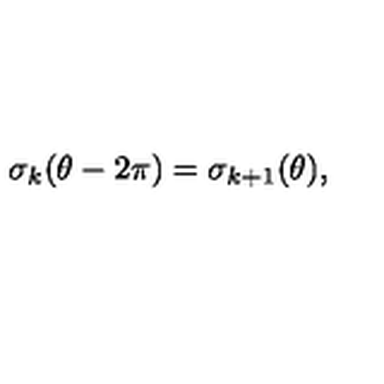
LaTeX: \sigma _ { k } ( \theta - 2 \pi ) = \sigma _ { k + 1 } ( \theta ) ,